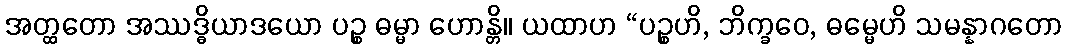
အတ္ထတော အဿဒ္ဓိယာဒယော ပဉ္စ ဓမ္မာ ဟောန္တိ။ ယထာဟ “ပဉ္စဟိ, ဘိက္ခဝေ, ဓမ္မေဟိ သမန္နာဂတော